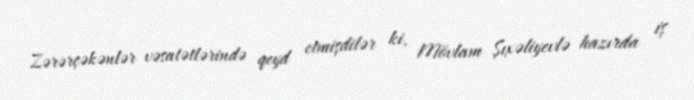
Zərərçəkənlər vəsatətlərində qeyd etmişdilər ki, Mövlam Şıxəliyevlə hazırda iş